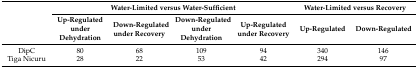
<table><thead><tr><td rowspan="2"></td><td colspan="4"><b>Water-Limited versus Water-Sufficient</b></td><td colspan="2"><b>Water-Limited versus Recovery</b></td></tr><tr><td><b>Up-Regulated under Dehydration</b></td><td><b>Down-Regulated under Recovery</b></td><td><b>Down-Regulated under Dehydration</b></td><td><b>Up-Regulated under Recovery</b></td><td><b>Up-Regulated</b></td><td><b>Down-Regulated</b></td></tr></thead><tbody><tr><td>DipC</td><td>80</td><td>68</td><td>109</td><td>94</td><td>340</td><td>146</td></tr><tr><td>Tiga Nicuru</td><td>28</td><td>22</td><td>53</td><td>42</td><td>294</td><td>97</td></tr></tbody></table>